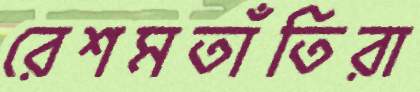
রেশমতাঁতিরা